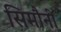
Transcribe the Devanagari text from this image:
सिमौनी